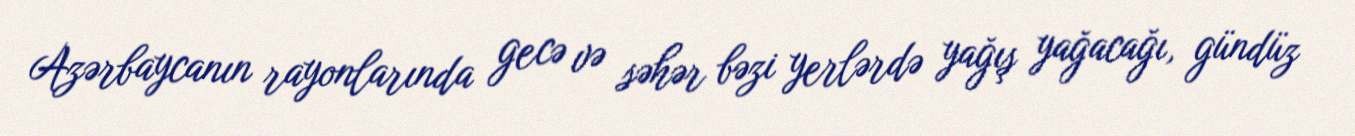
Azərbaycanın rayonlarında gecə və səhər bəzi yerlərdə yağış yağacağı, gündüz